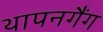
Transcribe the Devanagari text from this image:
थापनगैंग